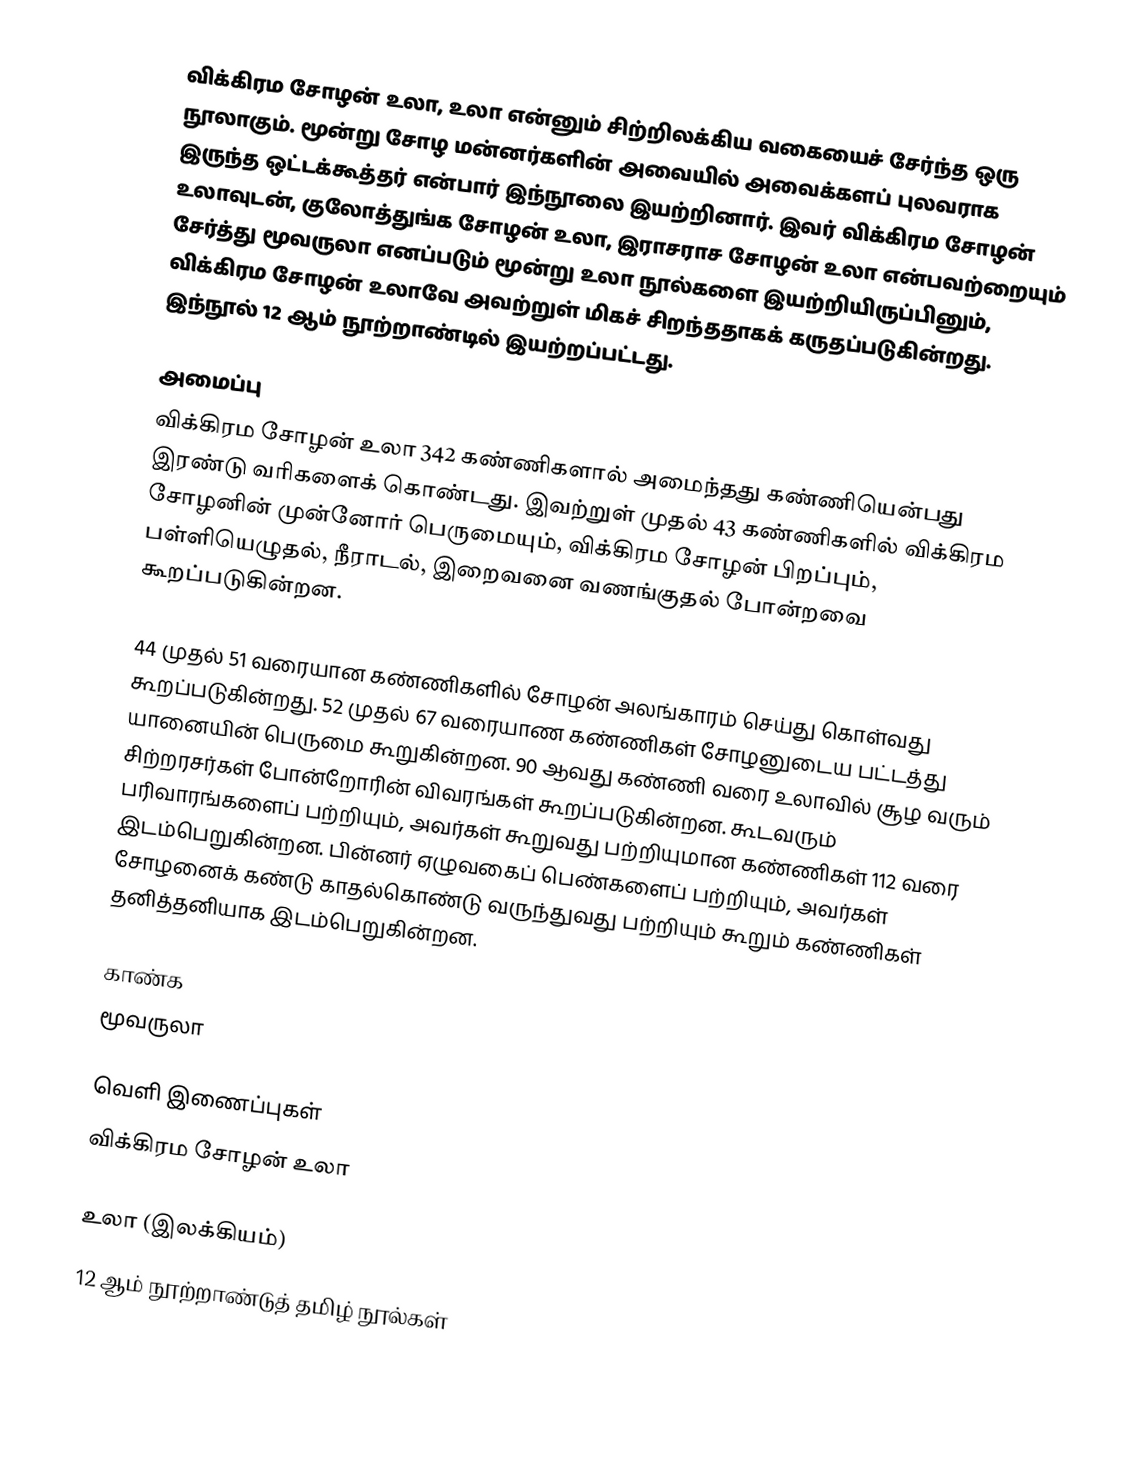
விக்கிரம சோழன் உலா, உலா என்னும் சிற்றிலக்கிய வகையைச் சேர்ந்த ஒரு நூலாகும். மூன்று சோழ மன்னர்களின் அவையில் அவைக்களப் புலவராக இருந்த ஒட்டக்கூத்தர் என்பார் இந்நூலை இயற்றினார். இவர் விக்கிரம சோழன் உலாவுடன், குலோத்துங்க சோழன் உலா, இராசராச சோழன் உலா என்பவற்றையும் சேர்த்து மூவருலா எனப்படும் மூன்று உலா நூல்களை இயற்றியிருப்பினும், விக்கிரம சோழன் உலாவே அவற்றுள் மிகச் சிறந்ததாகக் கருதப்படுகின்றது. இந்நூல் 12 ஆம் நூற்றாண்டில் இயற்றப்பட்டது.

அமைப்பு
விக்கிரம சோழன் உலா 342 கண்ணிகளால் அமைந்தது கண்ணியென்பது இரண்டு வரிகளைக் கொண்டது. இவற்றுள் முதல் 43 கண்ணிகளில் விக்கிரம சோழனின் முன்னோர் பெருமையும், விக்கிரம சோழன் பிறப்பும், பள்ளியெழுதல், நீராடல், இறைவனை வணங்குதல் போன்றவை கூறப்படுகின்றன.

44 முதல் 51 வரையான கண்ணிகளில் சோழன் அலங்காரம் செய்து கொள்வது கூறப்படுகின்றது. 52 முதல் 67 வரையாண கண்ணிகள் சோழனுடைய பட்டத்து யானையின் பெருமை கூறுகின்றன. 90 ஆவது கண்ணி வரை உலாவில் சூழ வரும் சிற்றரசர்கள் போன்றோரின் விவரங்கள் கூறப்படுகின்றன. கூடவரும் பரிவாரங்களைப் பற்றியும், அவர்கள் கூறுவது பற்றியுமான கண்ணிகள் 112 வரை இடம்பெறுகின்றன. பின்னர் ஏழுவகைப் பெண்களைப் பற்றியும், அவர்கள் சோழனைக் கண்டு காதல்கொண்டு வருந்துவது பற்றியும் கூறும் கண்ணிகள் தனித்தனியாக இடம்பெறுகின்றன.

காண்க
மூவருலா

வெளி இணைப்புகள்
விக்கிரம சோழன் உலா

உலா (இலக்கியம்)
12 ஆம் நூற்றாண்டுத் தமிழ் நூல்கள்